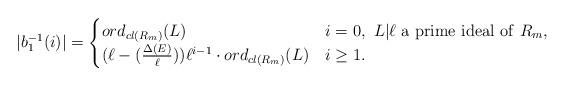
LaTeX: \begin{align*}|b_1^{-1}(i)|=\begin{cases} ord_{cl(R_m)}(L) & i=0,\ L|\ell\ {\rm a \ prime\ ideal\ of}\ R_m,\\ (\ell-(\frac{\Delta(E)}{\ell}))\ell^{i-1}\cdot ord_{cl(R_m)}(L) & i\geq 1. \end{cases}\end{align*}